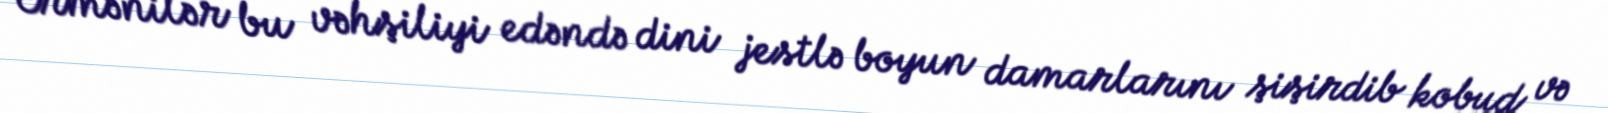
Ermənilər bu vəhşiliyi edəndə dini jestlə boyun damarlarını şişirdib kobud və